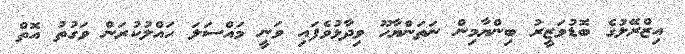
އިޒްރޭލުގެ ބޮޑުވަޒީރު ބިންޔާމިން ނަތަންޔާހޫ ވިދާޅުވެފައި ވަނީ މައްސަލަ ހައްލުކުރަން ވަގުތު އޮތް